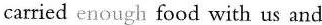
carried enough food with us and